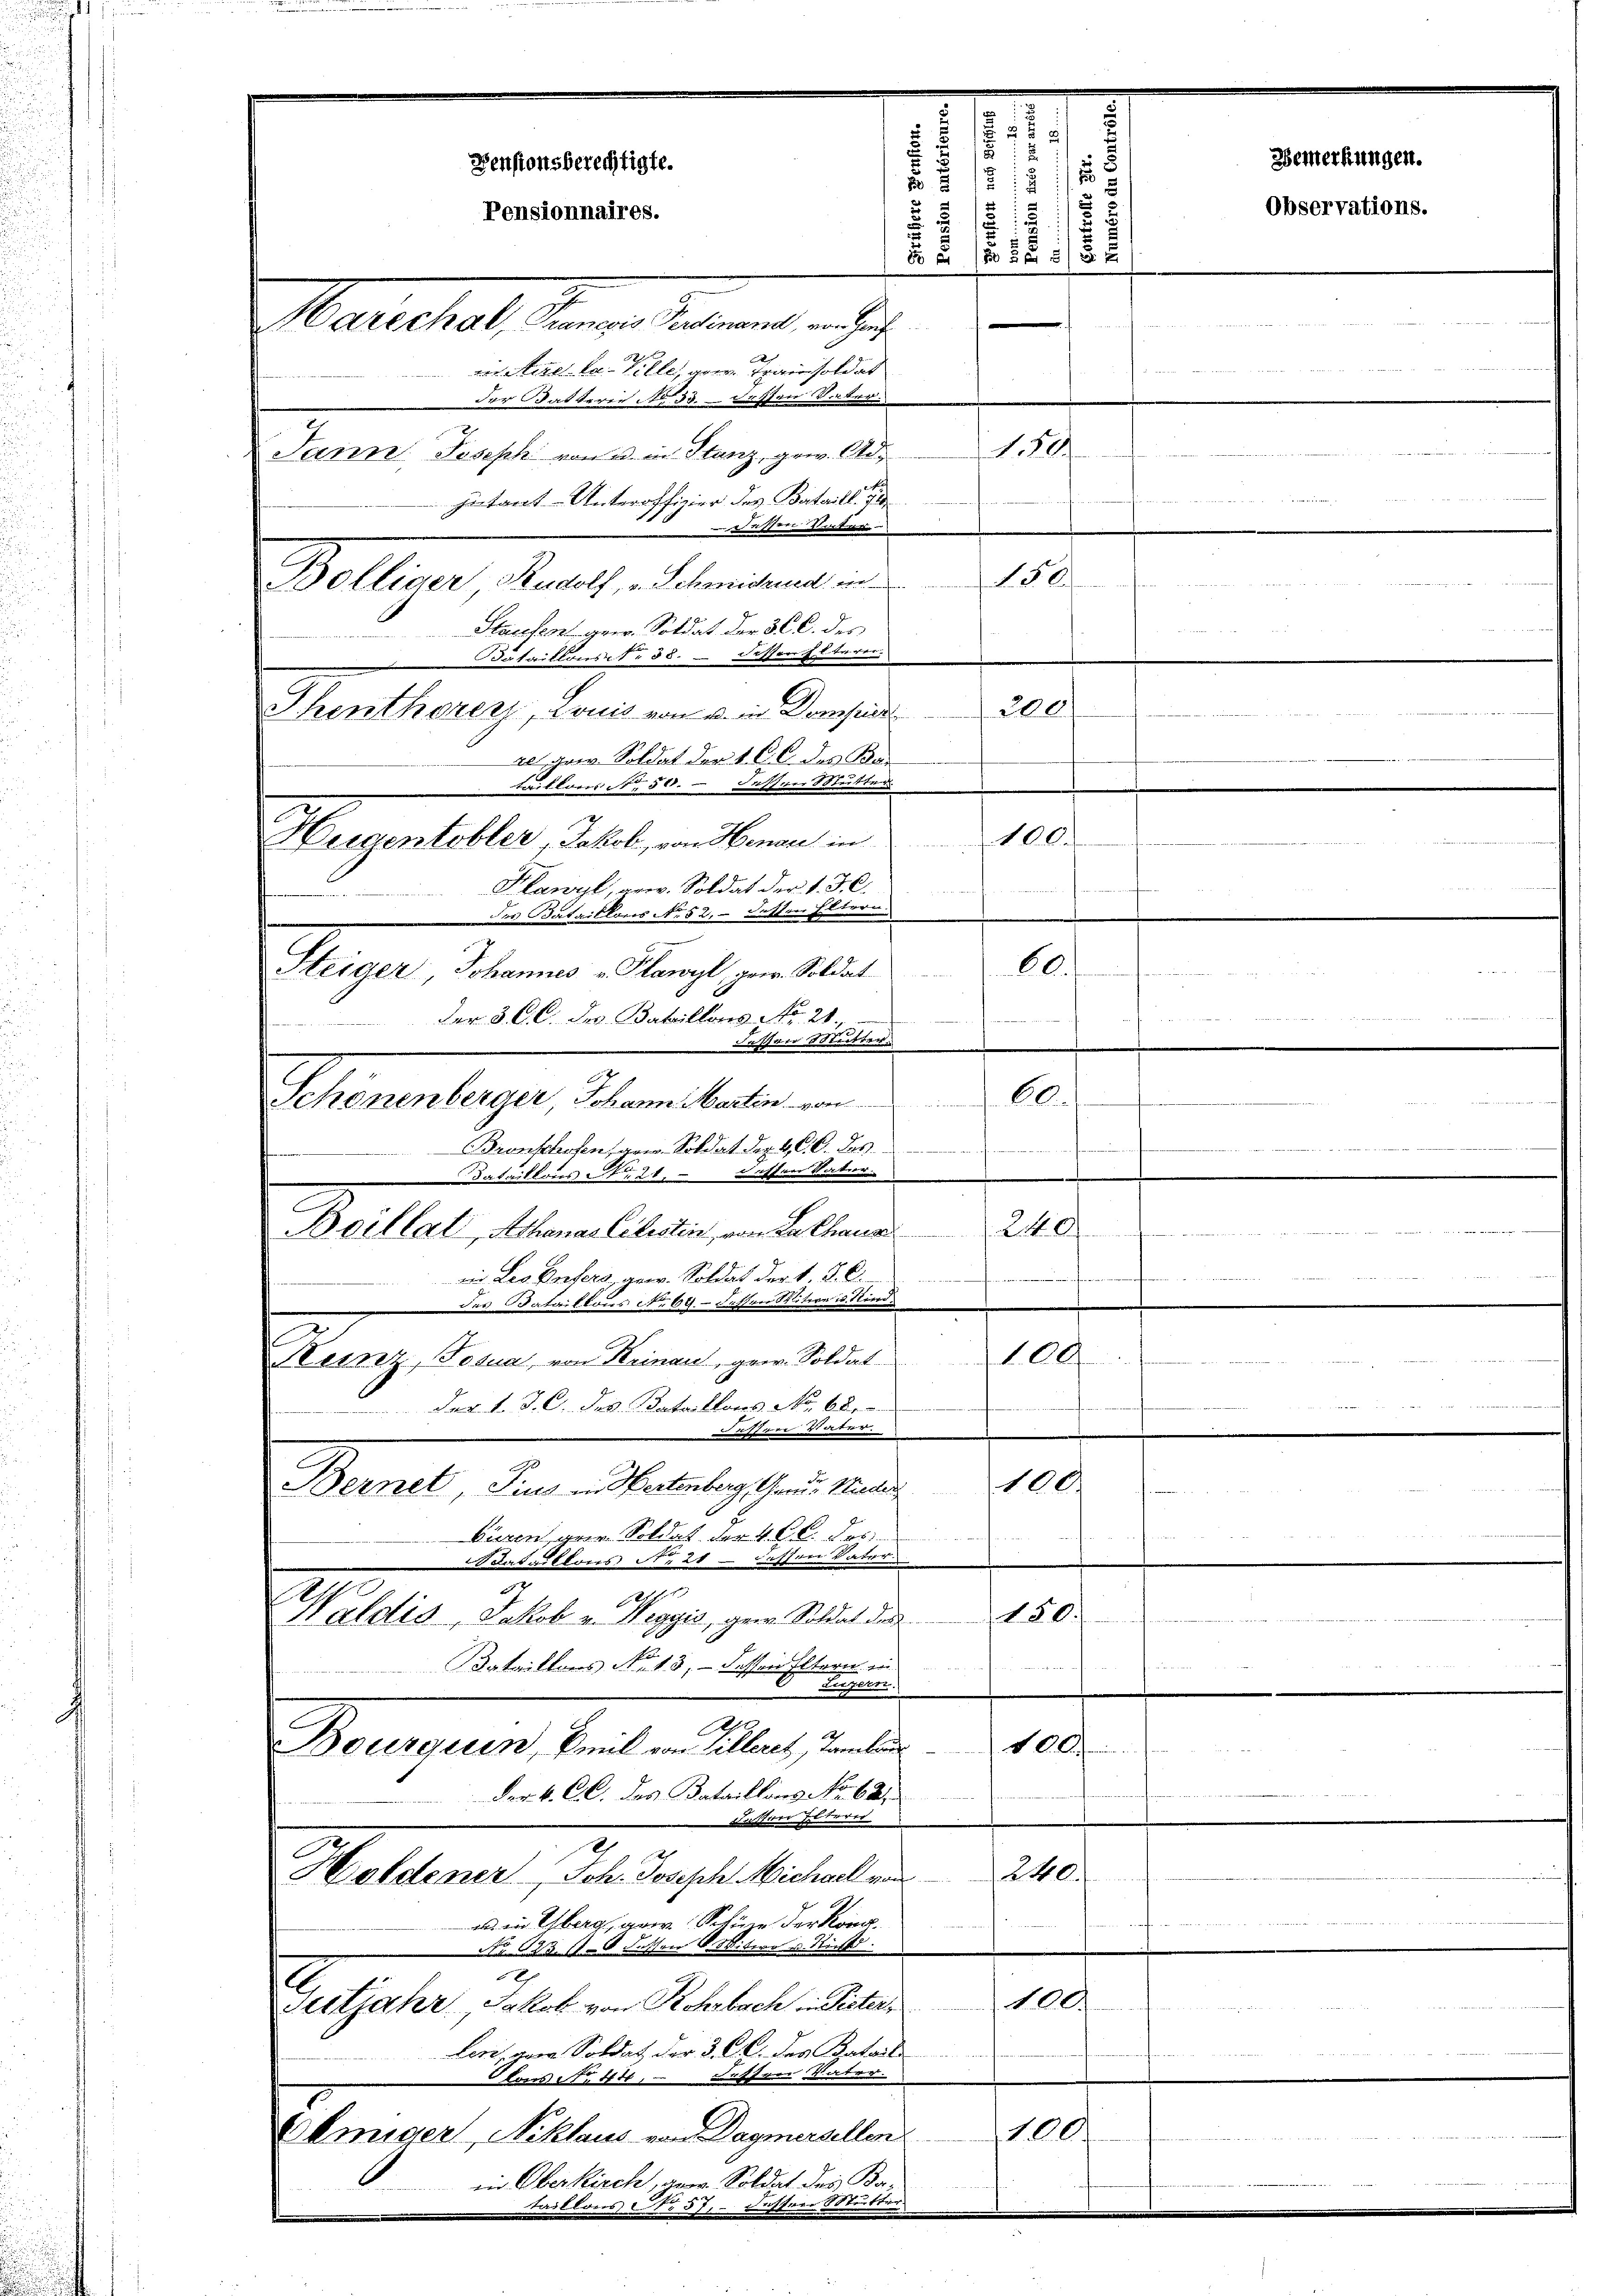
des Bataillons No 609 - dessen Witwe u. Rind¬
100
Ressz, Tosua, von Keinau, gew. Soldat
 der l. J. C. des Bataillons No. 68.
555. Da d
100.
Bernet, Pius in Wertenberg, Graus Wieder
bieren ger. Soldat der 4. CC. des
dataillos die 2t — auften Vater
2
1211.
150.
Waldig, Jakob u. Weggis, gern. Soldat de
dataillons No. 43, - dessen Eltern in
rurgerr
Bourquin, Emil von Villacs, Tamban
100
der k. CC. des Bataillons No 621
Nussten Her
240.
Holdener Joh. Joseph Michael ein
 in Überg, am Schöne der Kon¬
No 123. 118 dessen S. Mitwo u. Nicht
x
1004
Butjahr, Jakob von Rohrbach in Pieter,
Lenz, gar Soldat der 3. CC. des Batail
Olons d. 141. Fasten Vater
100
Ehmiger, Niklaus von Dagmersellen
in Oberkirch, gern. Soldat des Ba
Caillons No 57. Festrer Station

§ 25
1
¬
Bemerkungen.
Pensionsberechtigte.
1

.
5 :
u
Observations.
5
Pensionnaires.
15
.

2/2 x

Marechal, Pranesis Ferdinand, von Hauf
v Aide-Ca Ville, an Trainsoldat
der Fasterer Nr. 33. dessen Verter.
1804
Jann Joseph von u. in Stanz, gew. Ad
jutant-Unteroffizier des Bataill. I
dessen Stil
156
u
Bolliger Rudolf, v. Schorischend er
Stecessor geer. Soldat der 30 l. des
Idataillons Sr 88. - Ausser Elterer.
200.
Thenthorers, Louis von u. in Dorsend

re par Soldat der 1. C. C. des Code
Reitten.
taillons No. 50. Letten
100.
Hucentobler, Jakob, von Henau in
Plawyl, gew. Soldat der v. J. C.
des Bataillons No 52, dassen Eltern.
.
6
Steider, Johannes v. Plawyl, geer. Soldat
e

der 3. C. C. Jr. Bataillons No. 21
is dass die 2. 2. dieses Reiheit werdenten den der die
desser Stetten
60.
 |
Schönenberger, Johann Martin von
Bronschoben, gen. Soldat der 4. C. C. des
e
frommen.
.
Bataillons S. 21. dassen Vater.
240
Boellat, Athanas Cilistin, von La Chana

in Leo Enters, gew. Soldat der v. J. C.

f